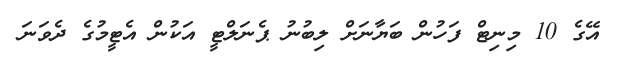
އޭގެ 10 މިނިޓް ފަހުން ބަޔާނަށް ލިބުނު ޕެނަލްޓީ އަކުން އެޓީމުގެ ދެވަނަ